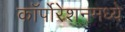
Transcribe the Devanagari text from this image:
कॉर्पोरेशनमध्ये